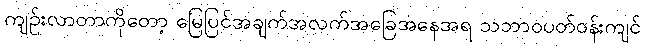
ကျဉ်းလာတာကိုတော့ မြေပြင်အချက်အလက်အခြေအနေအရ သဘာဝပတ်ဝန်းကျင်